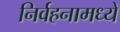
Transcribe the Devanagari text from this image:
निर्वहनामध्ये